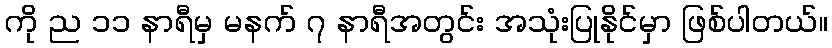
ကို ည ၁၁ နာရီမှ မနက် ၇ နာရီအတွင်း အသုံးပြုနိုင်မှာ ဖြစ်ပါတယ်။